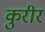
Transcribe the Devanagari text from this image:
कुरीर